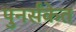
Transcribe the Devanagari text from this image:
पुनर्संकेत